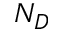
N _ { D }